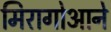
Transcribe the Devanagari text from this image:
मिरागोआने